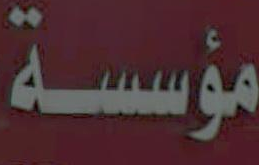
مؤسسة